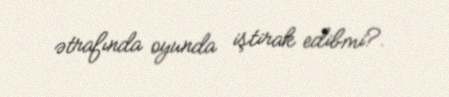
ətrafında oyunda iştirak edibmi?.